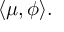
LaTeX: \langle \mu , \phi \rangle .